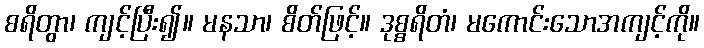
စရိတွာ၊ ကျင့်ပြီး၍။ မနသာ၊ စိတ်ဖြင့်။ ဒုစ္စရိတံ၊ မကောင်းသောအကျင့်ကို။